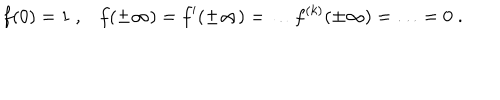
f ( 0 ) = 1 \; , f ( \pm \infty ) = f ^ { \prime } ( \pm \infty ) = \ldots f ^ { ( k ) } ( \pm \infty ) = \ldots = 0 \; .